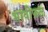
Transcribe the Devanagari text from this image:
भावीफल